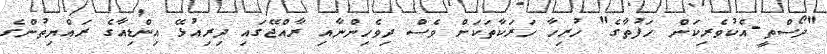
"ދޯސްތީ-އެކުވެރިކަން ހަފުތާގެ" ހުރިހާ ހަަރަކާތަކަށް ވެސް ދިވެހިންނާއި ރާއްޖޭގައި ދިރިއުޅޭ އިންޑިއާގެ ރައްޔިތުންގެ